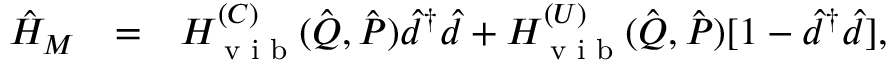
\begin{array} { r l r } { \hat { H } _ { M } } & { = } & { H _ { \textrm { v i b } } ^ { ( C ) } ( \hat { \boldsymbol { Q } } , \hat { \boldsymbol { P } } ) \hat { d } ^ { \dagger } \hat { d } + H _ { \textrm { v i b } } ^ { ( U ) } ( \hat { \boldsymbol { Q } } , \hat { \boldsymbol { P } } ) [ 1 - \hat { d } ^ { \dagger } \hat { d } ] , } \end{array}